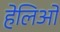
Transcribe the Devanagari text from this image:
हेलिओ